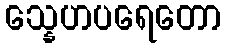
သ္နေဟပရေတော